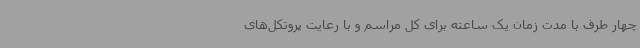
چهار طرف با مدت زمان یک ساعته برای کل مراسم و با رعایت پروتکل‌های